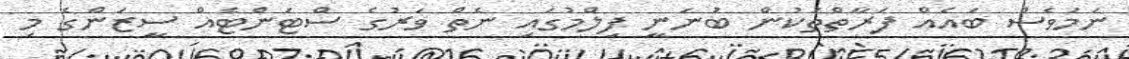
ނަމަވެސް ބައެއް ފަރާތްތަކުން ބުނަނީ ފިލްމުގައި ނެތް ވަރުގެ ސްޓަންޓެއް ސީޒަންގެ މި